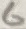
Text: 6